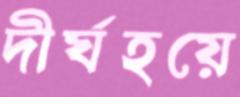
দীর্ঘহয়ে